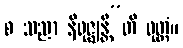
စ သညာ နိရုဇ္ဈန္တီ”တိ ဝုတ္တံ။